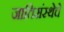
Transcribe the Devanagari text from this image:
जातिसंस्थेचे